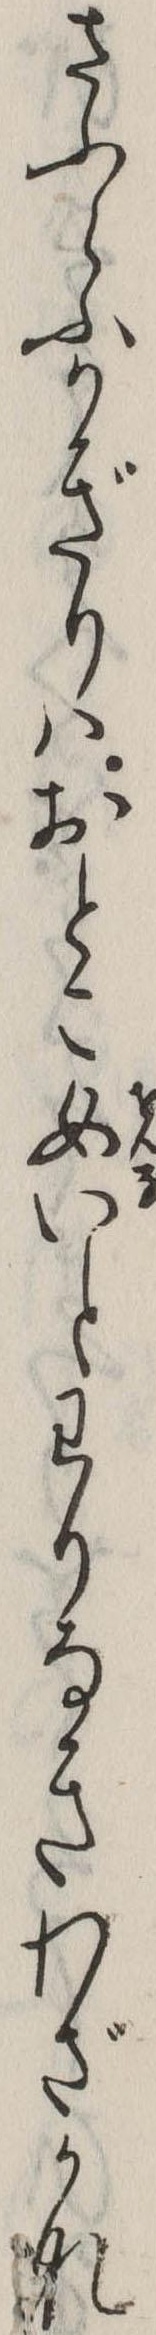
さふらふかぎりはおとこ女いとわりなきわざかな